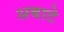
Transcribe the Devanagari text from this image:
अबाटे